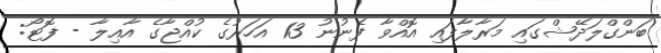
ބަންގްލަދޭޝްގައި މަރާލާފައި އޮއްވާ ފެނުނު 13 އަހަރުގެ ކުއްޖާގެ އާއިލާ - ފޮޓޯ: